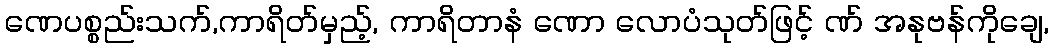
ဏေပစ္စည်းသက်,ကာရိတ်မှည့်, ကာရိတာနံ ဏော လောပံသုတ်ဖြင့် ဏ် အနုဗန်ကိုချေ,